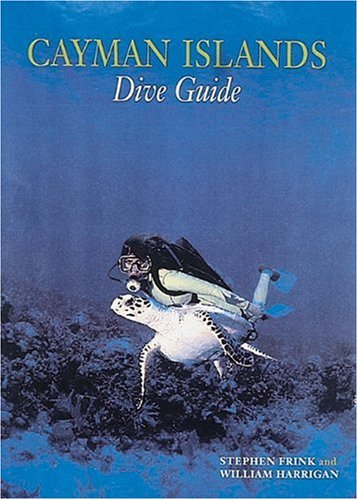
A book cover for The Cayman Islands: Dive Guide; Stephen Frink; Travel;